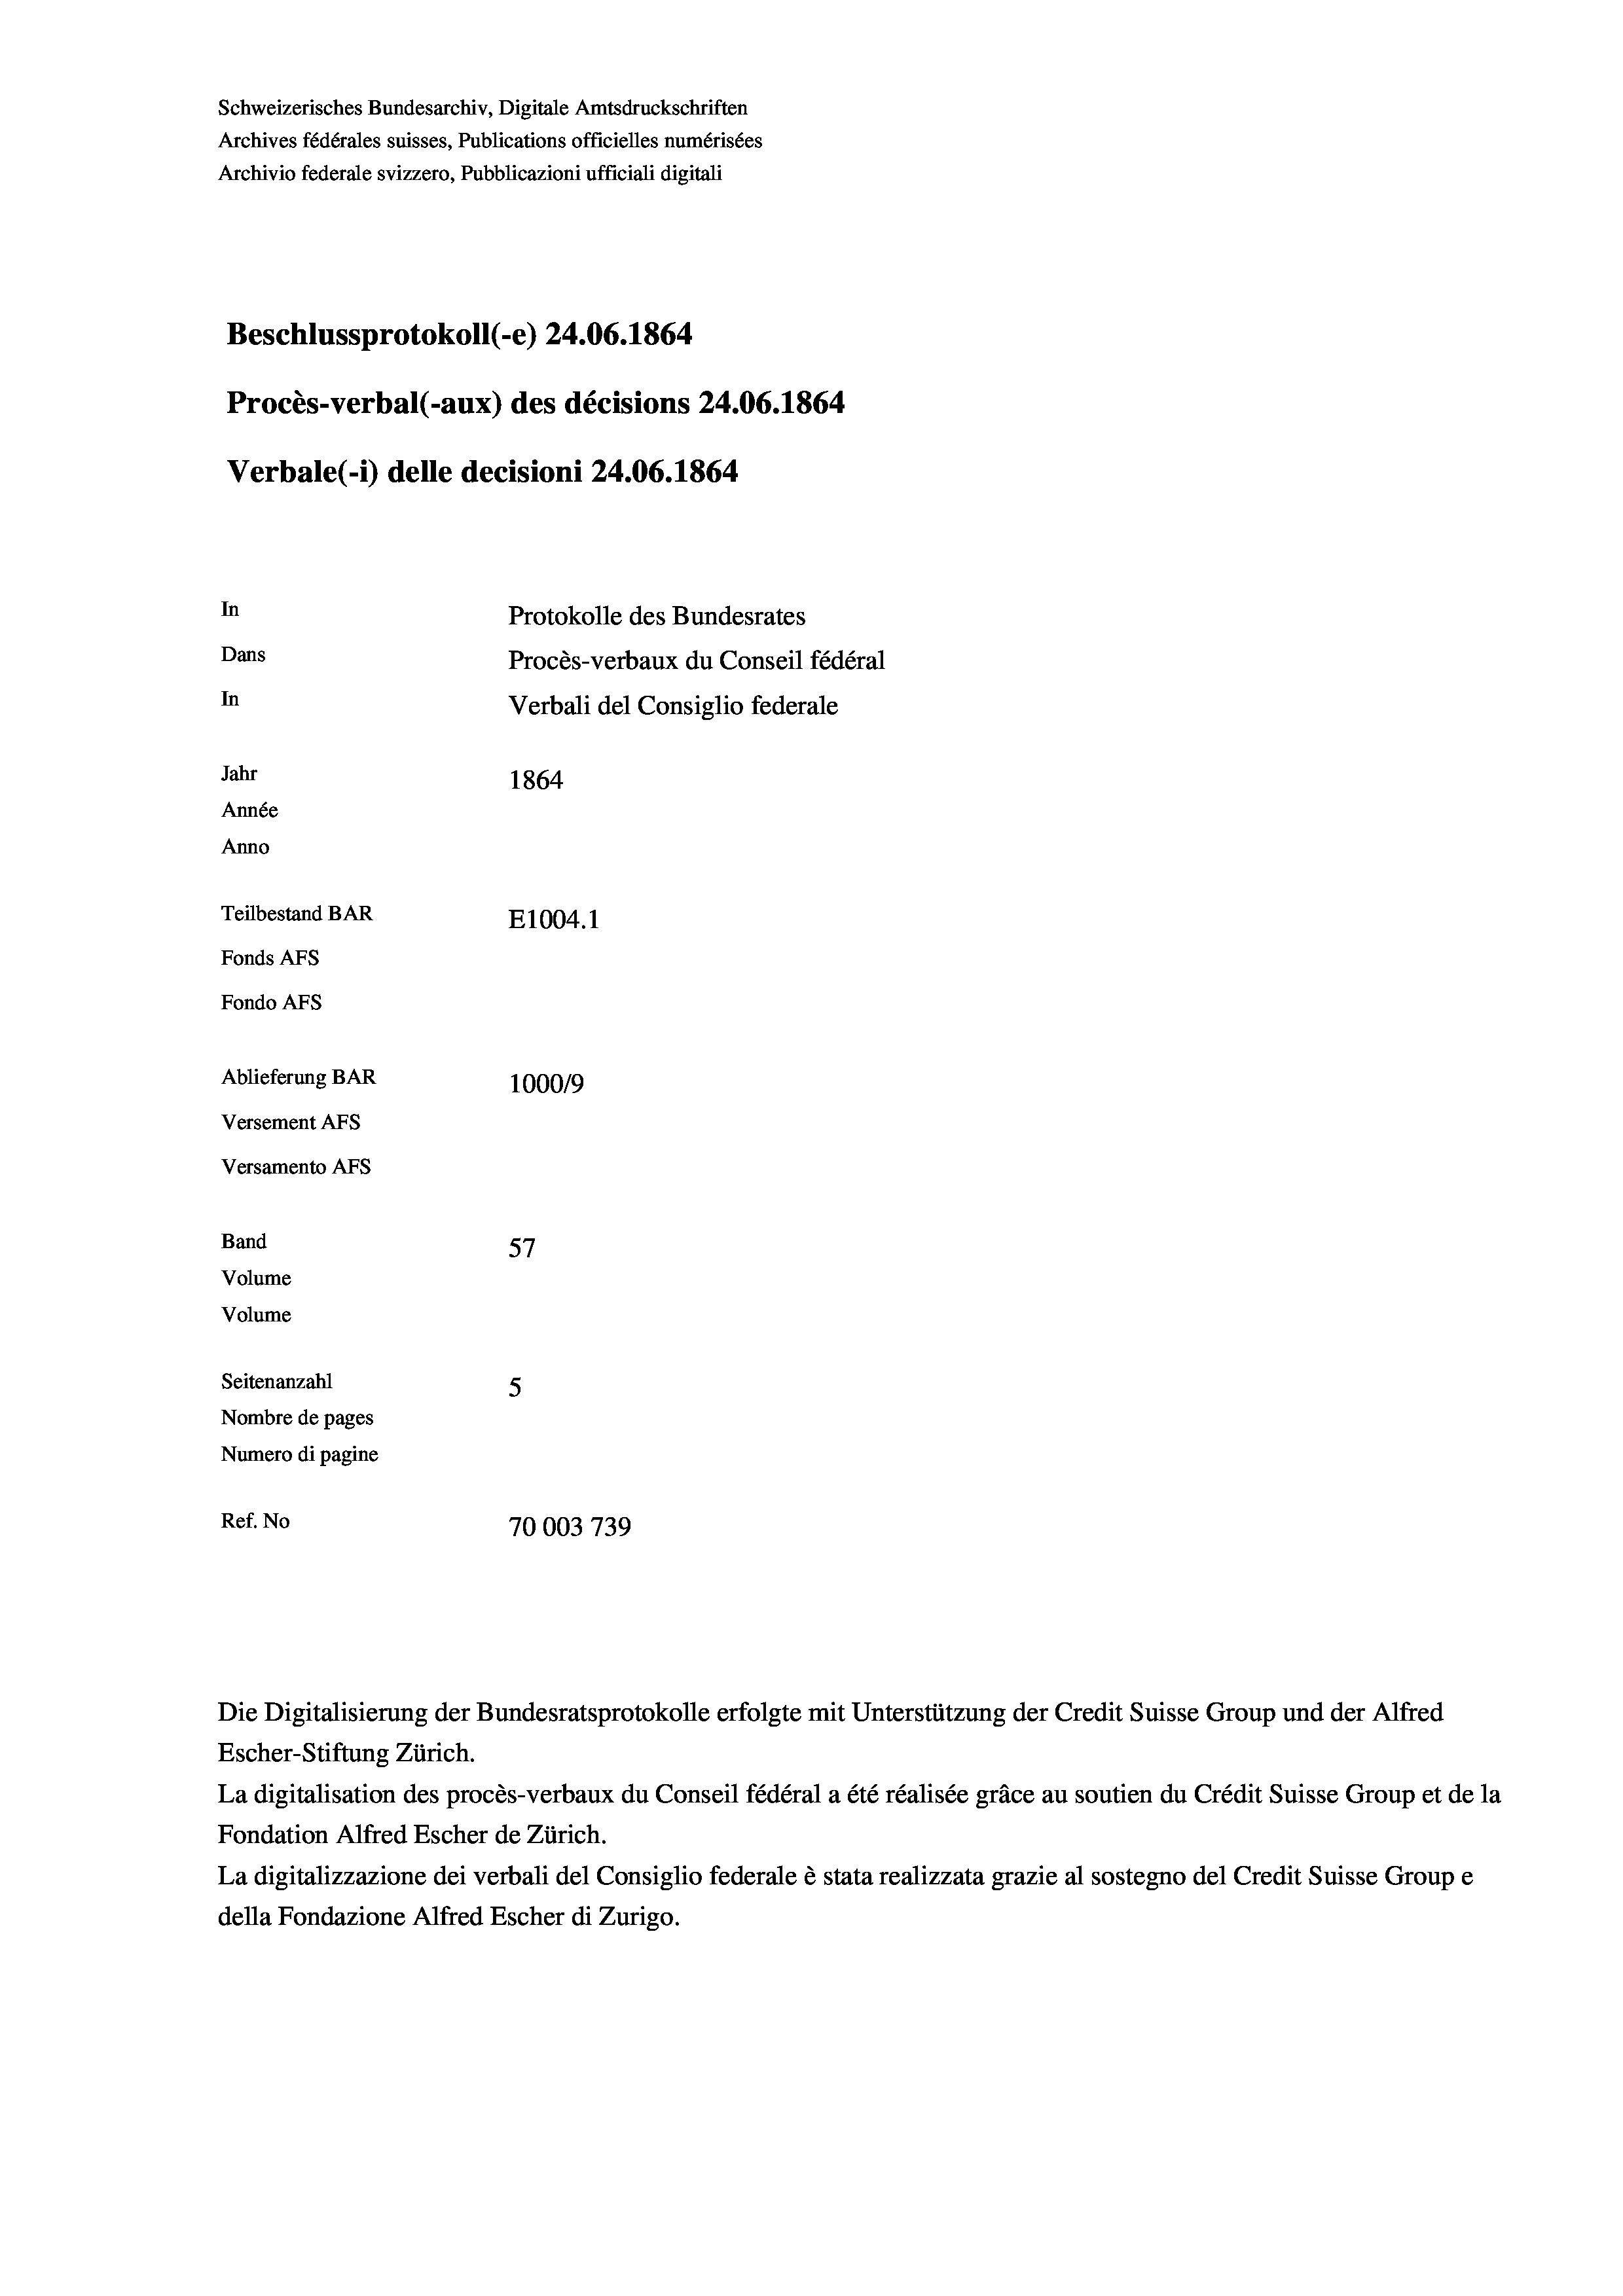
Schweizerisches Bundesarchiv, Digitale Amtsdruckschriften
Archives fédérales suisses, Publications officielles numérisées
Archivio federale svizzero, Pubblicazioni ufficiali digitali
Beschlussprotokoll (-e) 24.06. 1864
Procès-verbal (-aux) des décisions 24.06. 1864
Verbale (i) delle decisioni 24.06. 1864
In
Protokolle des Bundesrates
Dans
Procès-verbaux du Conseil fédéral
In
Verbali del Consiglio federale
Jahr
1864
Année
Anno
Teilbestand BAR
E1004. 1
Fonds AEs
Fondo AFs

Ablieferung BAR
Versement AFS
Versamento AFs
Band
57
Volume
Volume
Seitenanzahl
5
Nombre de pages
Numero di pagine
Ref. No

100019
70003 739

Escher-Stiftung Zürich.
La digitalisation des procès-verbaux du Conseil fédéral a été réalisée gräce au soutien du Crédit Suisse Group et de la
Fondation Alfred Escher de Zürich.
La digitalizzazione dei verbali del Consiglio federale è stata realizzata grazie al sostegno del Credit Suisse Groupe
della Fondazione Alfred Escher di Zurigo.

Die Digitalisierung der Bundesratsprotokolle erfolgte mit Unterstützung der Credit Suisse Group und der Alfred